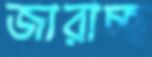
জারাচ্ছ